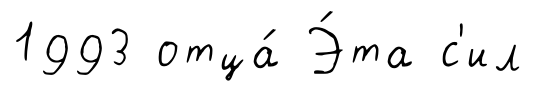
1993 отца́ Э́та с'ил